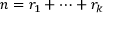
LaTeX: n = r _ { 1 } + \cdots + r _ { k }